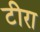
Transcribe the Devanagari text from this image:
टीरा